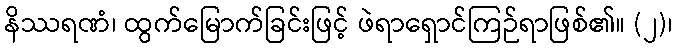
နိဿရဏံ၊ ထွက်မြောက်ခြင်းဖြင့် ဖဲရာရှောင်ကြဉ်ရာဖြစ်၏။ (၂)၊